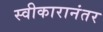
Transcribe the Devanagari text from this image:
स्वीकारानंतर